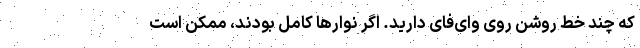
که چند خط روشن روی وای‌فای دارید. اگر نوارها کامل بودند، ممکن است